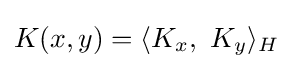
K(x,y)=\langle K_{x},\ K_{y}\rangle _{H}